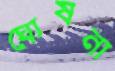
ঘোষনা